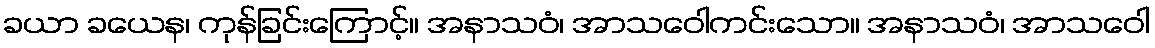
ခယာ ခယေန၊ ကုန်ခြင်းကြောင့်။ အနာသဝံ၊ အာသဝေါကင်းသော။ အနာသဝံ၊ အာသဝေါ